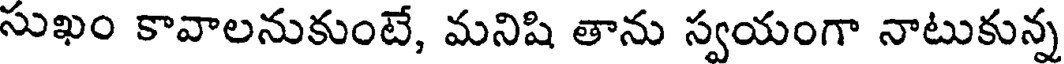
సుఖం కావాలనుకుంటే, మనిషి తాను స్వయంగా నాటుకున్న